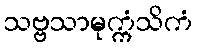
သဗ္ဗသာမုက္ကံသိကံ